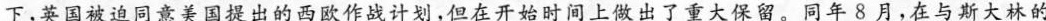
下，英国被迫同意美国提出的西欧作战计划，但在开始时间上做出了重大保留。同年8月，在与斯大林的